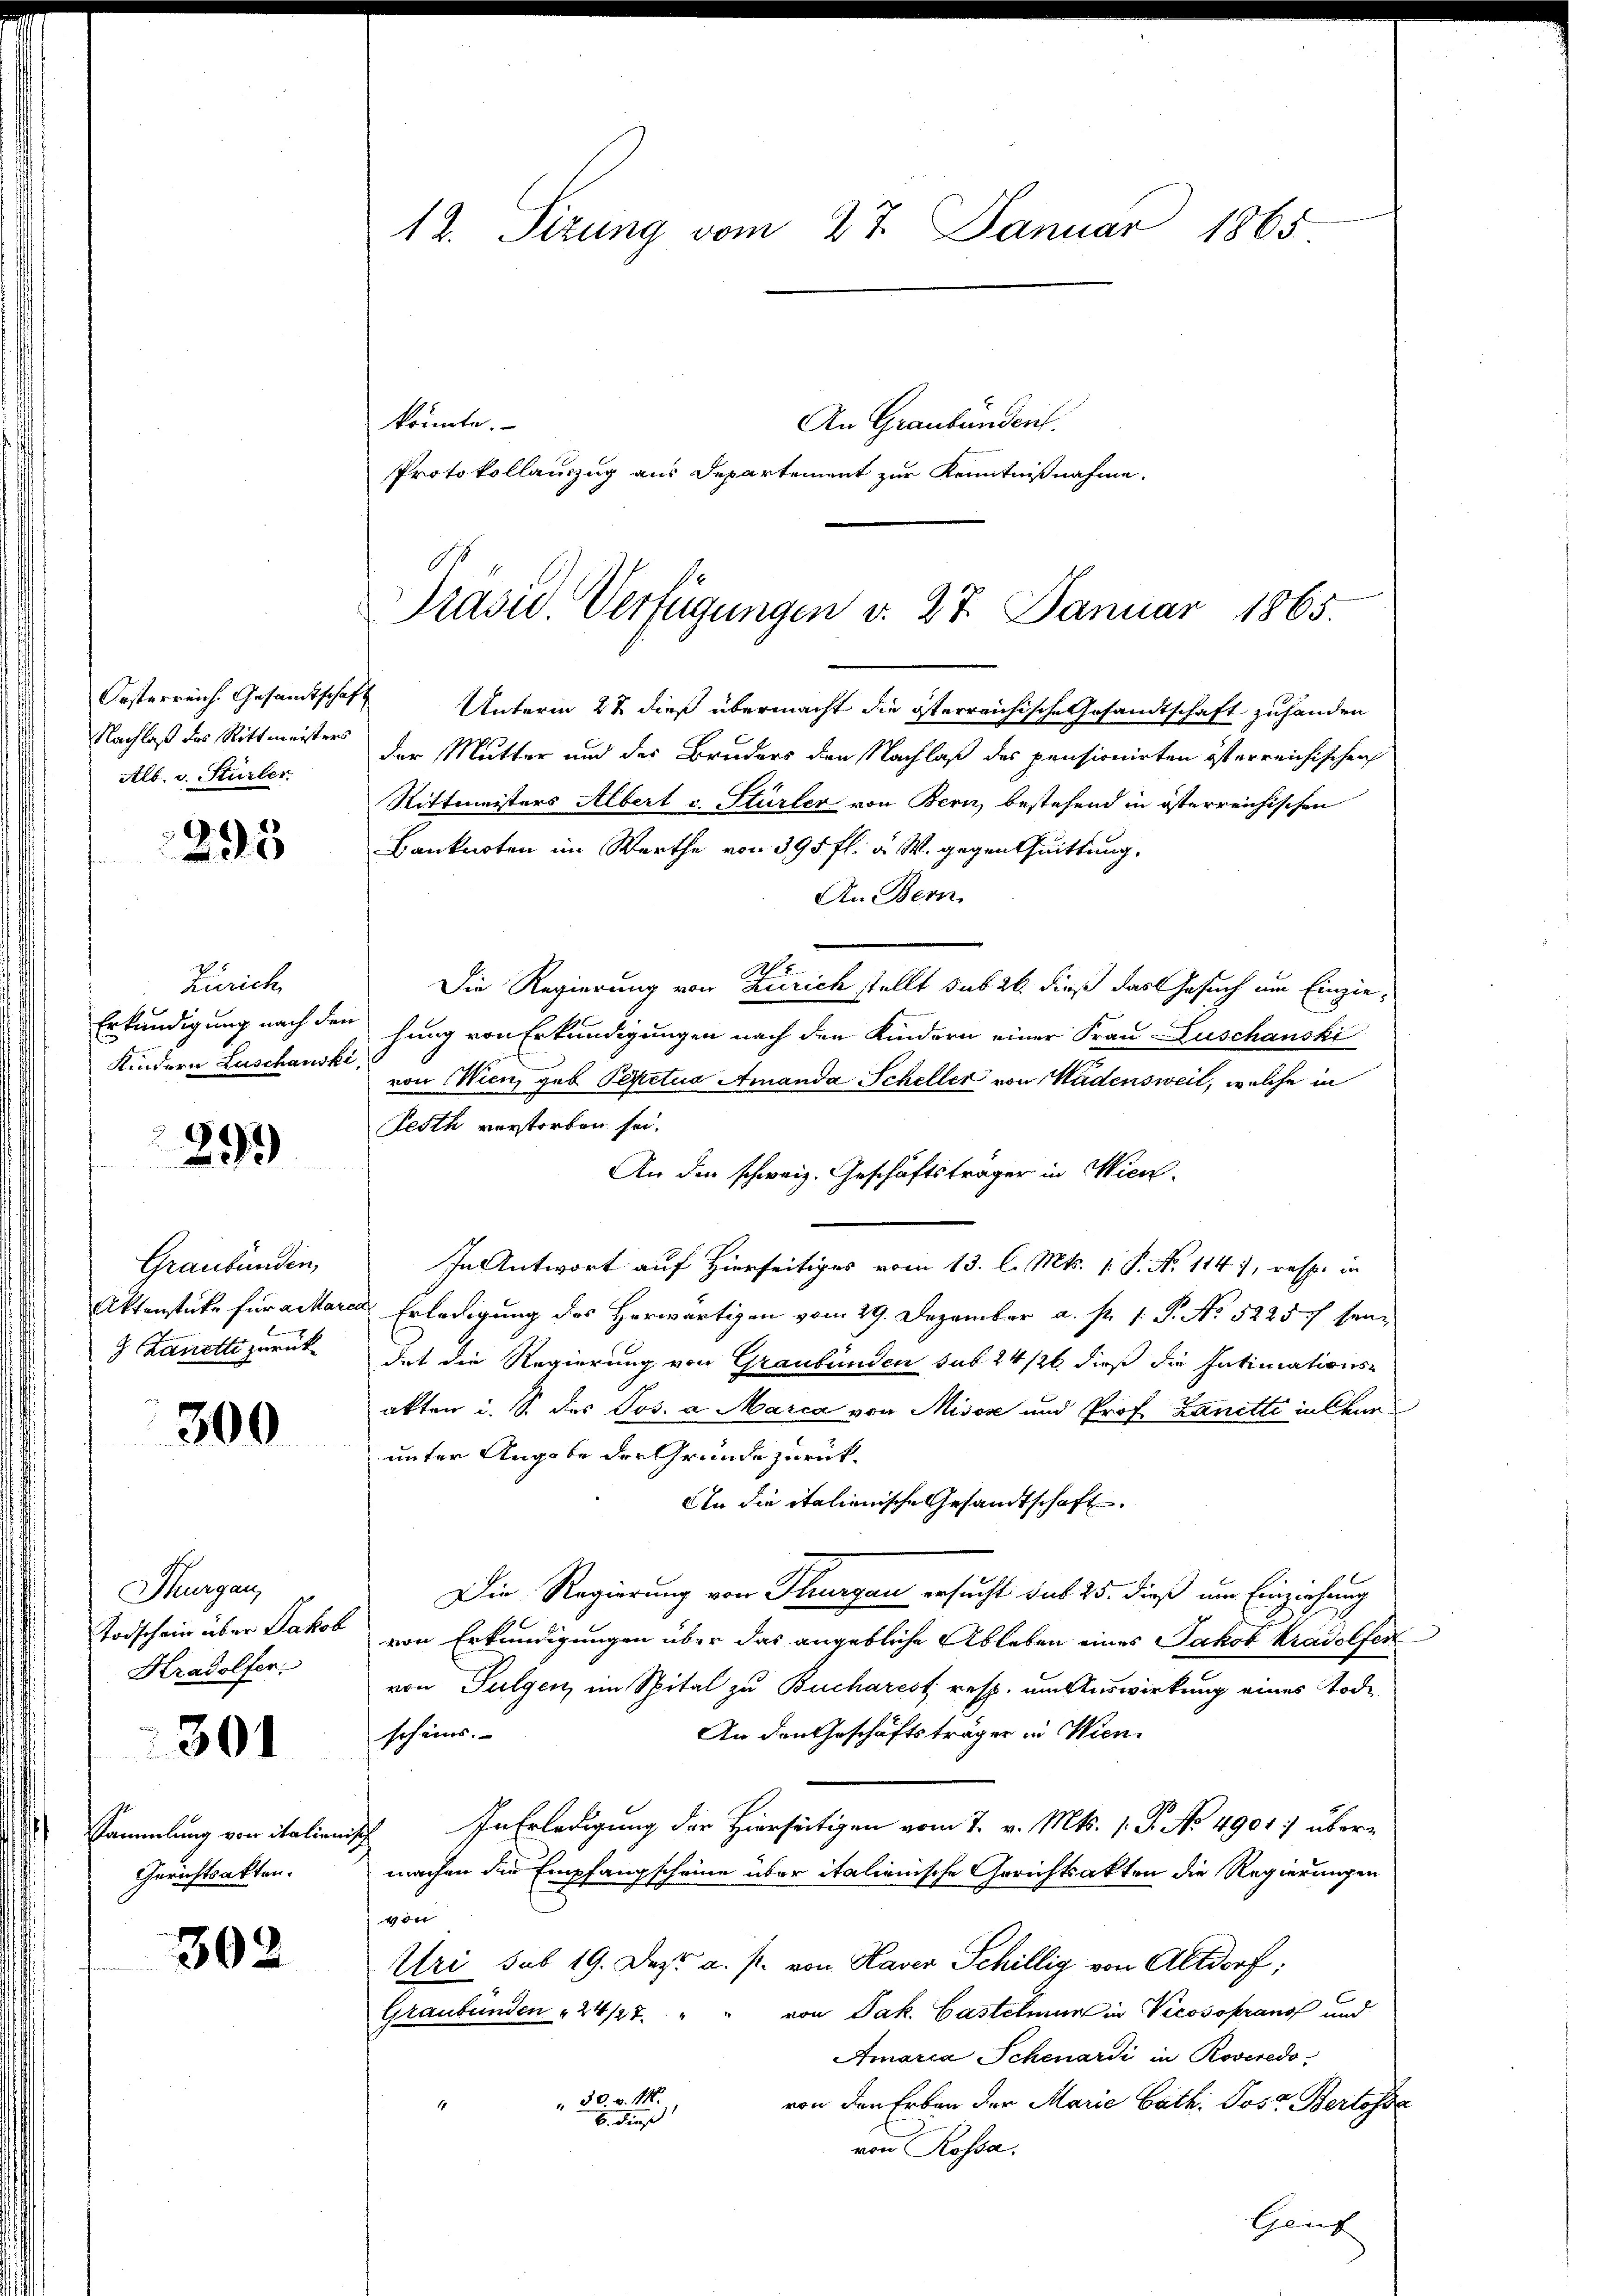
Nachlaß des Rittmeisters
Alb. v. Stürler

295

Zürich
Erkundigung nach den
Kindern Luschauski,

299

Graubünden,
9 Lanette zurück

300

Thurgau,
Todschein über Jakob
Kradolfen.

301

Sammlung von Italienisch
Gerichtsakten.

302

12. Sizung vom 27. Januar 1865
könnte.
An Graubünden.
Protokollauszug aus Departement zur Kenntnißnahme.

Präsid.. Verfügungen d. 27. Januar 1865.

Orsterreich. Gesandtschaft Unterm 22 dieß übermacht die österreichische Gesandtschaft zuhanden
der Mutter und der Bruders den Nachlaß des pensionirten österreichischen
Rittmeisters Albert v. Stürler von Bern, bestehend in österreichischen
Banknoten im Werthe von 395 fl. v. M. gegenthuittung,
An Bern.
M
Die Regierung von Zürich stellt sub 26. dieß das Gesuch um Einziehung von Erkundigungen nach den Kindern einer Frau Zuschanski
von Wien, geb. Pepetua Amanda Scheller von Kadensweil, welche in
Festh verstorben sei.
An den schweiz. Geschäftsträger in Wien.
In Antwort auf Hierseitiges vom 13. l. Mts. 1. P. N. 1147, resp. in
Aktenstücke für altaren Erledigung des Herwärtigen vom 29. Dezember a. p. 1. P. No 5225/ seidet die Regierung von Graubünden sub 24 /20 dieß die Intimations-
akten i. S. des Jos. a. Marca von Misose und Prof. Lanetti in Chur
unter Angabe der Gründe zurück¬
An die italienische Gesandtschaft.
Die Regierung von Hungau ersucht sub 25. dieß um Einziehung
von Erkundigungen über das angebliche Ableben eines Jakob Kradolfen
von Sulgen, im Spital zu Bucharest resp. um Auswirkung eines Tode
An den Geschäftsträger in Wien.
scheins.
In Erledigung der Hierseitigen vom 7. v. Mts. 1. P. No 4901 übermachen die Empfangscheine über italienische Gerichtsakten die Regierungen
4 der
Uri sub 19. Dez. a. p. von Haver Schillig von Altdorf;
Graubünden " 24/27. " " von Jak. Castelmun in Vicosoprano und
Amaria Schenardi in Roveredo,
30. v. 14.
von den Erben der Marie Cath. Jost Bertosa
E. dieß
von Rossa
Geng